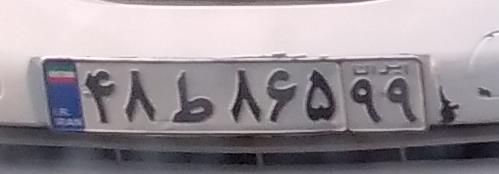
۴۸ط۸۶۵۹